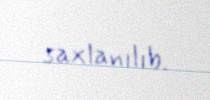
saxlanılıb.